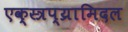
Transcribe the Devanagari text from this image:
एक्स्त्रप्य्रामिदल